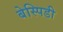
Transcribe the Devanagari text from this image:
बेस्पिडी